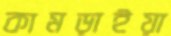
কামড়াইয়া